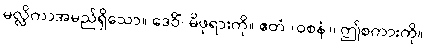
မလ္လိကာအမည်ရှိသော။ ဒေဝိံ၊ မိဖုရားကို။ ဧတံ (ဝစနံ)၊ ဤစကားကို။